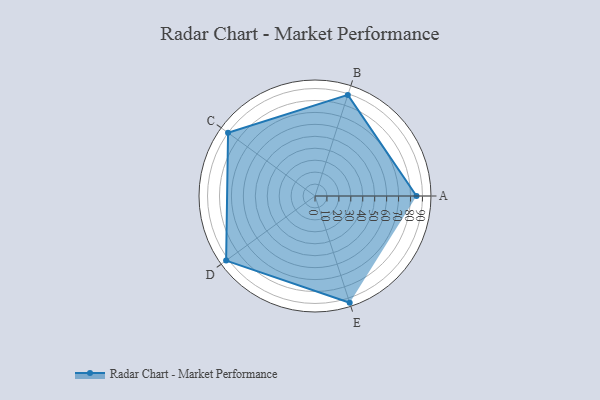
{"axis": {"x": "Skill", "y": "Score"}, "legend": ["Profile"], "data": [{"x": "A", "y": 85.0, "type": "Profile"}, {"x": "B", "y": 89.0, "type": "Profile"}, {"x": "C", "y": 90.0, "type": "Profile"}, {"x": "D", "y": 92.0, "type": "Profile"}, {"x": "E", "y": 94.0, "type": "Profile"}]}